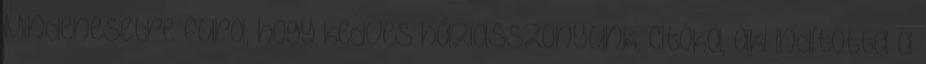
Mindenesetre fura, hogy kedves háziasszonyunk, Citóka, aki indította a